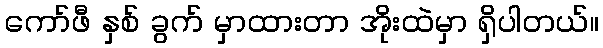
ကော်ဖီ နှစ် ခွက် မှာထားတာ အိုးထဲမှာ ရှိပါတယ်။